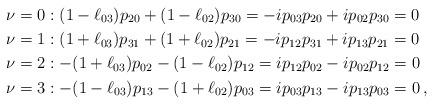
LaTeX: \begin{align*}\nu=0 &: (1-\ell_{03})p_{20} + (1-\ell_{02})p_{30}= -i p_{03}p_{20} +i p_{02}p_{30}=0\\\nu=1 &: (1+\ell_{03})p_{31} + (1+\ell_{02})p_{21}= -i p_{12}p_{31} +i p_{13}p_{21}=0\\\nu=2 &: -(1+\ell_{03})p_{02} - (1-\ell_{02})p_{12}= i p_{12}p_{02} -i p_{02}p_{12}=0\\\nu=3 &: -(1-\ell_{03})p_{13} - (1+\ell_{02})p_{03}= i p_{03}p_{13} -i p_{13}p_{03}=0 \, ,\end{align*}